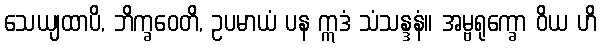
သေယျထာပိ, ဘိက္ခဝေတိ, ဥပမာယံ ပန ဣဒံ သံသန္ဒနံ။ အမ္ဗရုက္ခော ဝိယ ဟိ